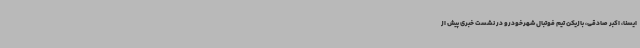
ایسنا، اکبر صادقی، بازیکن تیم فوتبال شهرخودرو در نشست خبری پیش از